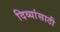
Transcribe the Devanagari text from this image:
दिव्यांसाठी